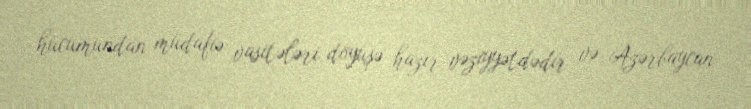
hücumundan müdafiə vasitələri döyüşə hazır vəziyyətdədir və Azərbaycan